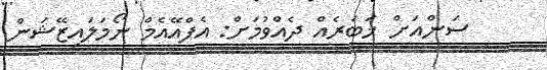
ސަންއަށް ޚަބަރެއް ދެއްވުމަށް: އެފްއޭއެމް ނޯމަލައިޒޭޝަން